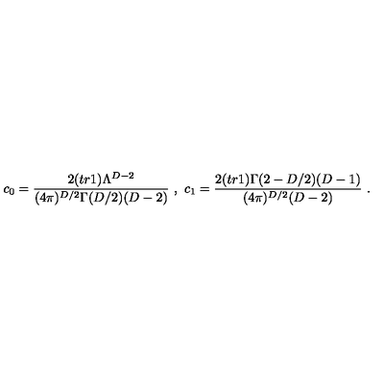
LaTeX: c _ { 0 } = \frac { 2 ( t r 1 ) \Lambda ^ { D - 2 } } { ( 4 \pi ) ^ { D / 2 } \Gamma ( D / 2 ) ( D - 2 ) } \ , \ c _ { 1 } = \frac { 2 ( t r 1 ) \Gamma ( 2 - D / 2 ) ( D - 1 ) } { ( 4 \pi ) ^ { D / 2 } ( D - 2 ) } \ .